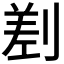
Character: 𠞊